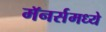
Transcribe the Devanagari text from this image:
मॅनर्समध्ये